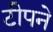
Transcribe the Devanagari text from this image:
टीपने